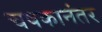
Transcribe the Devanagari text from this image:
चषकानंतर